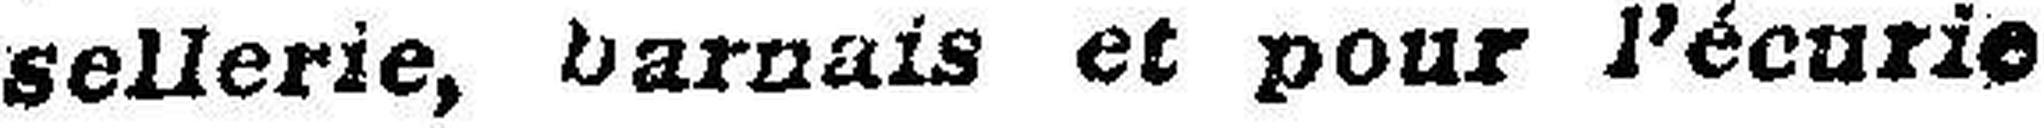
sellerie, barnais et pour l’écurie